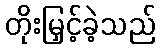
တိုးမြှင့်ခဲ့သည်